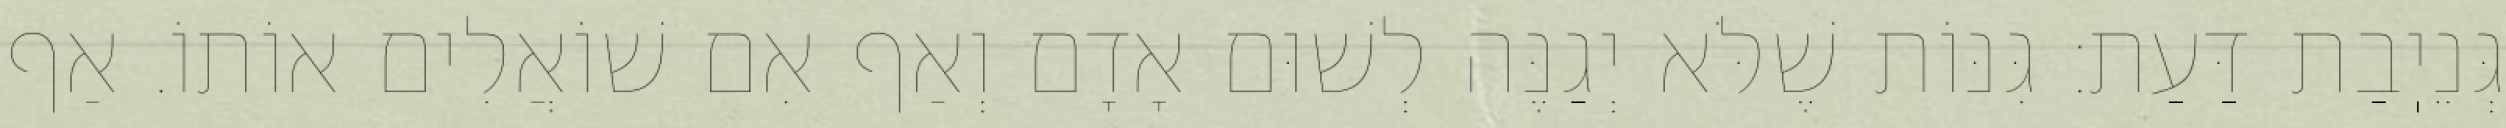
גְּנֵיֽבַת דַּעַת: גִּנּוֹת שֶׁלֹּא יְגַנֶּה לְשׁוּם אָדָם וְאַף אִם שׁוֹאֲלִים אוֹתוֹ. אַף